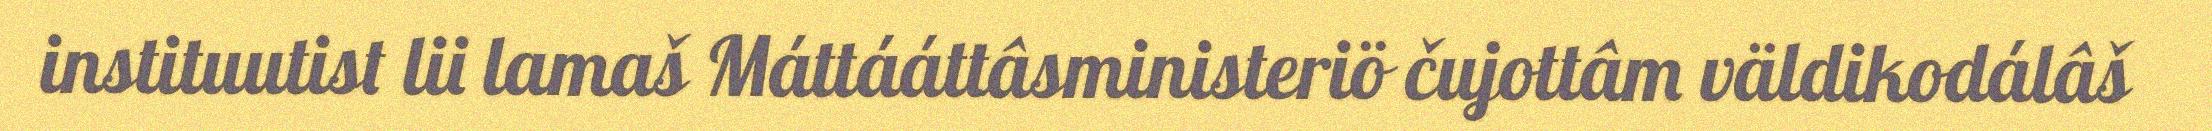
instituutist lii lamaš Máttááttâsministeriö čujottâm väldikodálâš